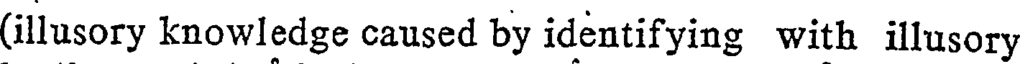
(illusory knowledge caused by identifying with illusory